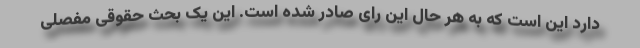
دارد این است که به هر حال این رای صادر شده است. این یک بحث حقوقی مفصلی